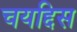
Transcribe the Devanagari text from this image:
चयद्दिस